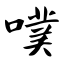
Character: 噗